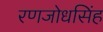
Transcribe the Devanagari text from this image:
रणजोधसिंह